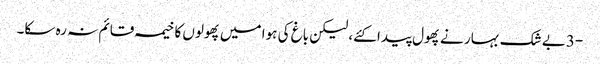
-3بے شک بہار نے پھول پیدا کئے، لیکن باغ کی ہوا میں پھولوں کا خیمہ قائم نہ رہ سکا۔